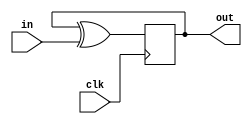
// Exercise 3-2-1-10: DFFs and Gates
module DFFnGate (
    input clk,
    input in,
    output out
);
    reg out_r;
    assign out = out_r;

    always @(posedge clk) begin
        out_r <= out_r ^ in;
    end
endmodule